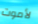
لأموت